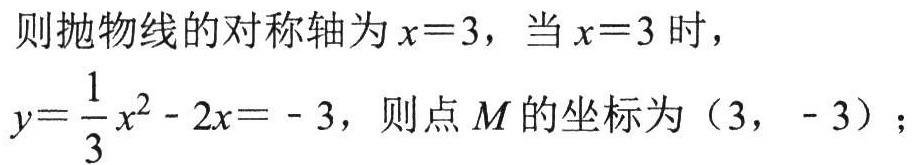
则抛物线的对称轴为\(x = 3\)，当\(x = 3\)时，
\(y = \frac{1}{3}x^{2}-2x = - 3\)，则点\(M\)的坐标为\((3, - 3)\)；